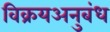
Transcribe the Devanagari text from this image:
विक्रयअनुबंध